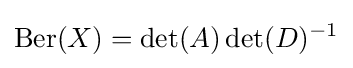
\operatorname {Ber} (X)=\det(A)\det(D)^{-1}